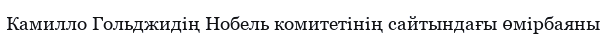
Камилло Гольджидің Нобель комитетінің сайтындағы өмірбаяны